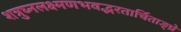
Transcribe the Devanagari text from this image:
शत्रुघ्नलक्ष्मणभवद्भरतार्चिताङ्घ्रे